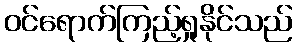
ဝင်ရောက်ကြည့်ရှုနိုင်သည်